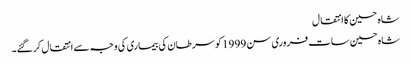
شاہ حسین کا انتقال
شاہ حسین سات فروری سن 1999 کو سرطان کی بیماری کی وجہ سے انتقال کر گئے۔